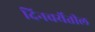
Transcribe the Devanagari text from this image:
दिनचर्येतील